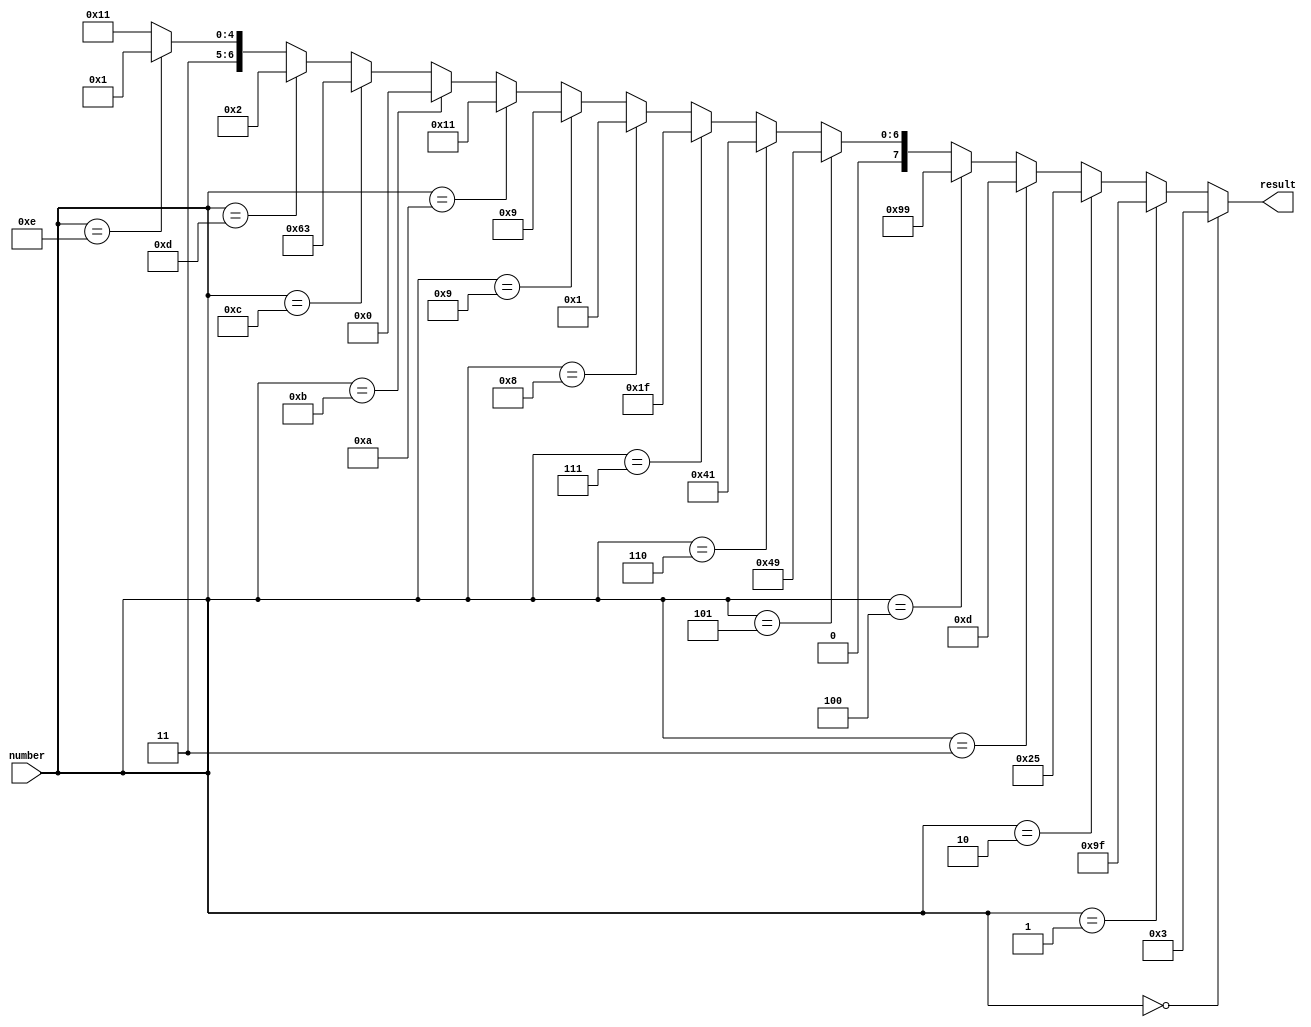
module bin2digit(
    input [3:0] number,
    output [7:0] result
    );
    assign result = (number == 4'd0)  ? 8'b00000011: 
                    (number == 4'd1)  ? 8'b10011111: 
                    (number == 4'd2)  ? 8'b00100101: 
                    (number == 4'd3)  ? 8'b00001101: 
                    (number == 4'd4)  ? 8'b10011001: 
                    (number == 4'd5)  ? 8'b01001001: 
                    (number == 4'd6)  ? 8'b01000001: 
                    (number == 4'd7)  ? 8'b00011111: 
                    (number == 4'd8)  ? 8'b00000001: 
                    (number == 4'd9)  ? 8'b00001001: 
                    (number == 4'd10) ? 8'b00010001: 
                    (number == 4'd11) ? 8'b00000000: 
                    (number == 4'd12) ? 8'b01100011: 
                    (number == 4'd13) ? 8'b00000010: 
                    (number == 4'd14) ? 8'b01100001: 
                    8'b01110001;                     
endmodule